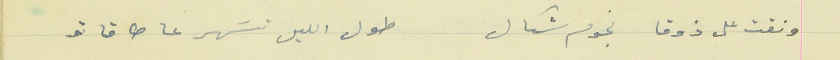
ونقت على ذوقا نجوم شكال                               طول الليل تسَهر عا طاقاتو